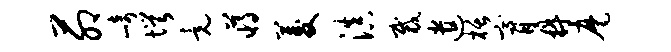
茆崎愕竟蒋菱滇裁遣栝膏鼎麾